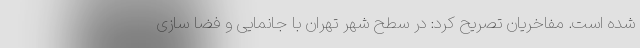
شده است. مفاخریان تصریح کرد: در سطح شهر تهران با جانمایی و فضا سازی